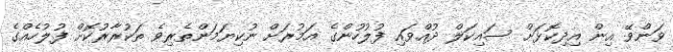
ވަންވޭ އިން އިދިކޮޅަށް ސައިކަލް ދުއްވައި ފުލުހުންގެ އަމުރަށް ނުކިޔަމަންތެރިވެ ތަކުރާރުކޮށް ފުލުހެއްގެ